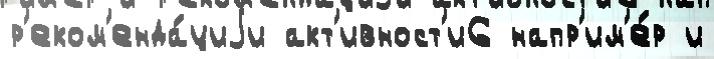
р'еком'енда́циjи акт'ивност'и6 напр'им'е́р и